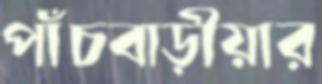
পাঁচবাড়ীয়ার